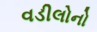
વડીલોનો